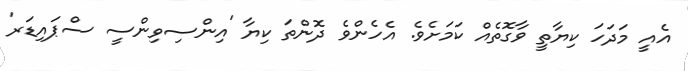
އެއީ މަދަހަ ކިޔާތީ ވާގޮތެއް ކަމަށެވެ. އެހެންވެ ދޮންތަ ކިޔާ 'އިންސިވިންސީ ސްޕައިޑަރ'